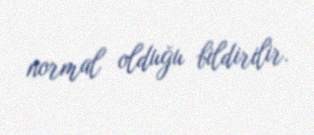
normal olduğu bildirilir.